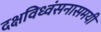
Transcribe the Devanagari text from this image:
दक्षविध्वंसनासमयी